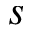
s